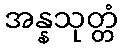
အန္နသုတ္တံ